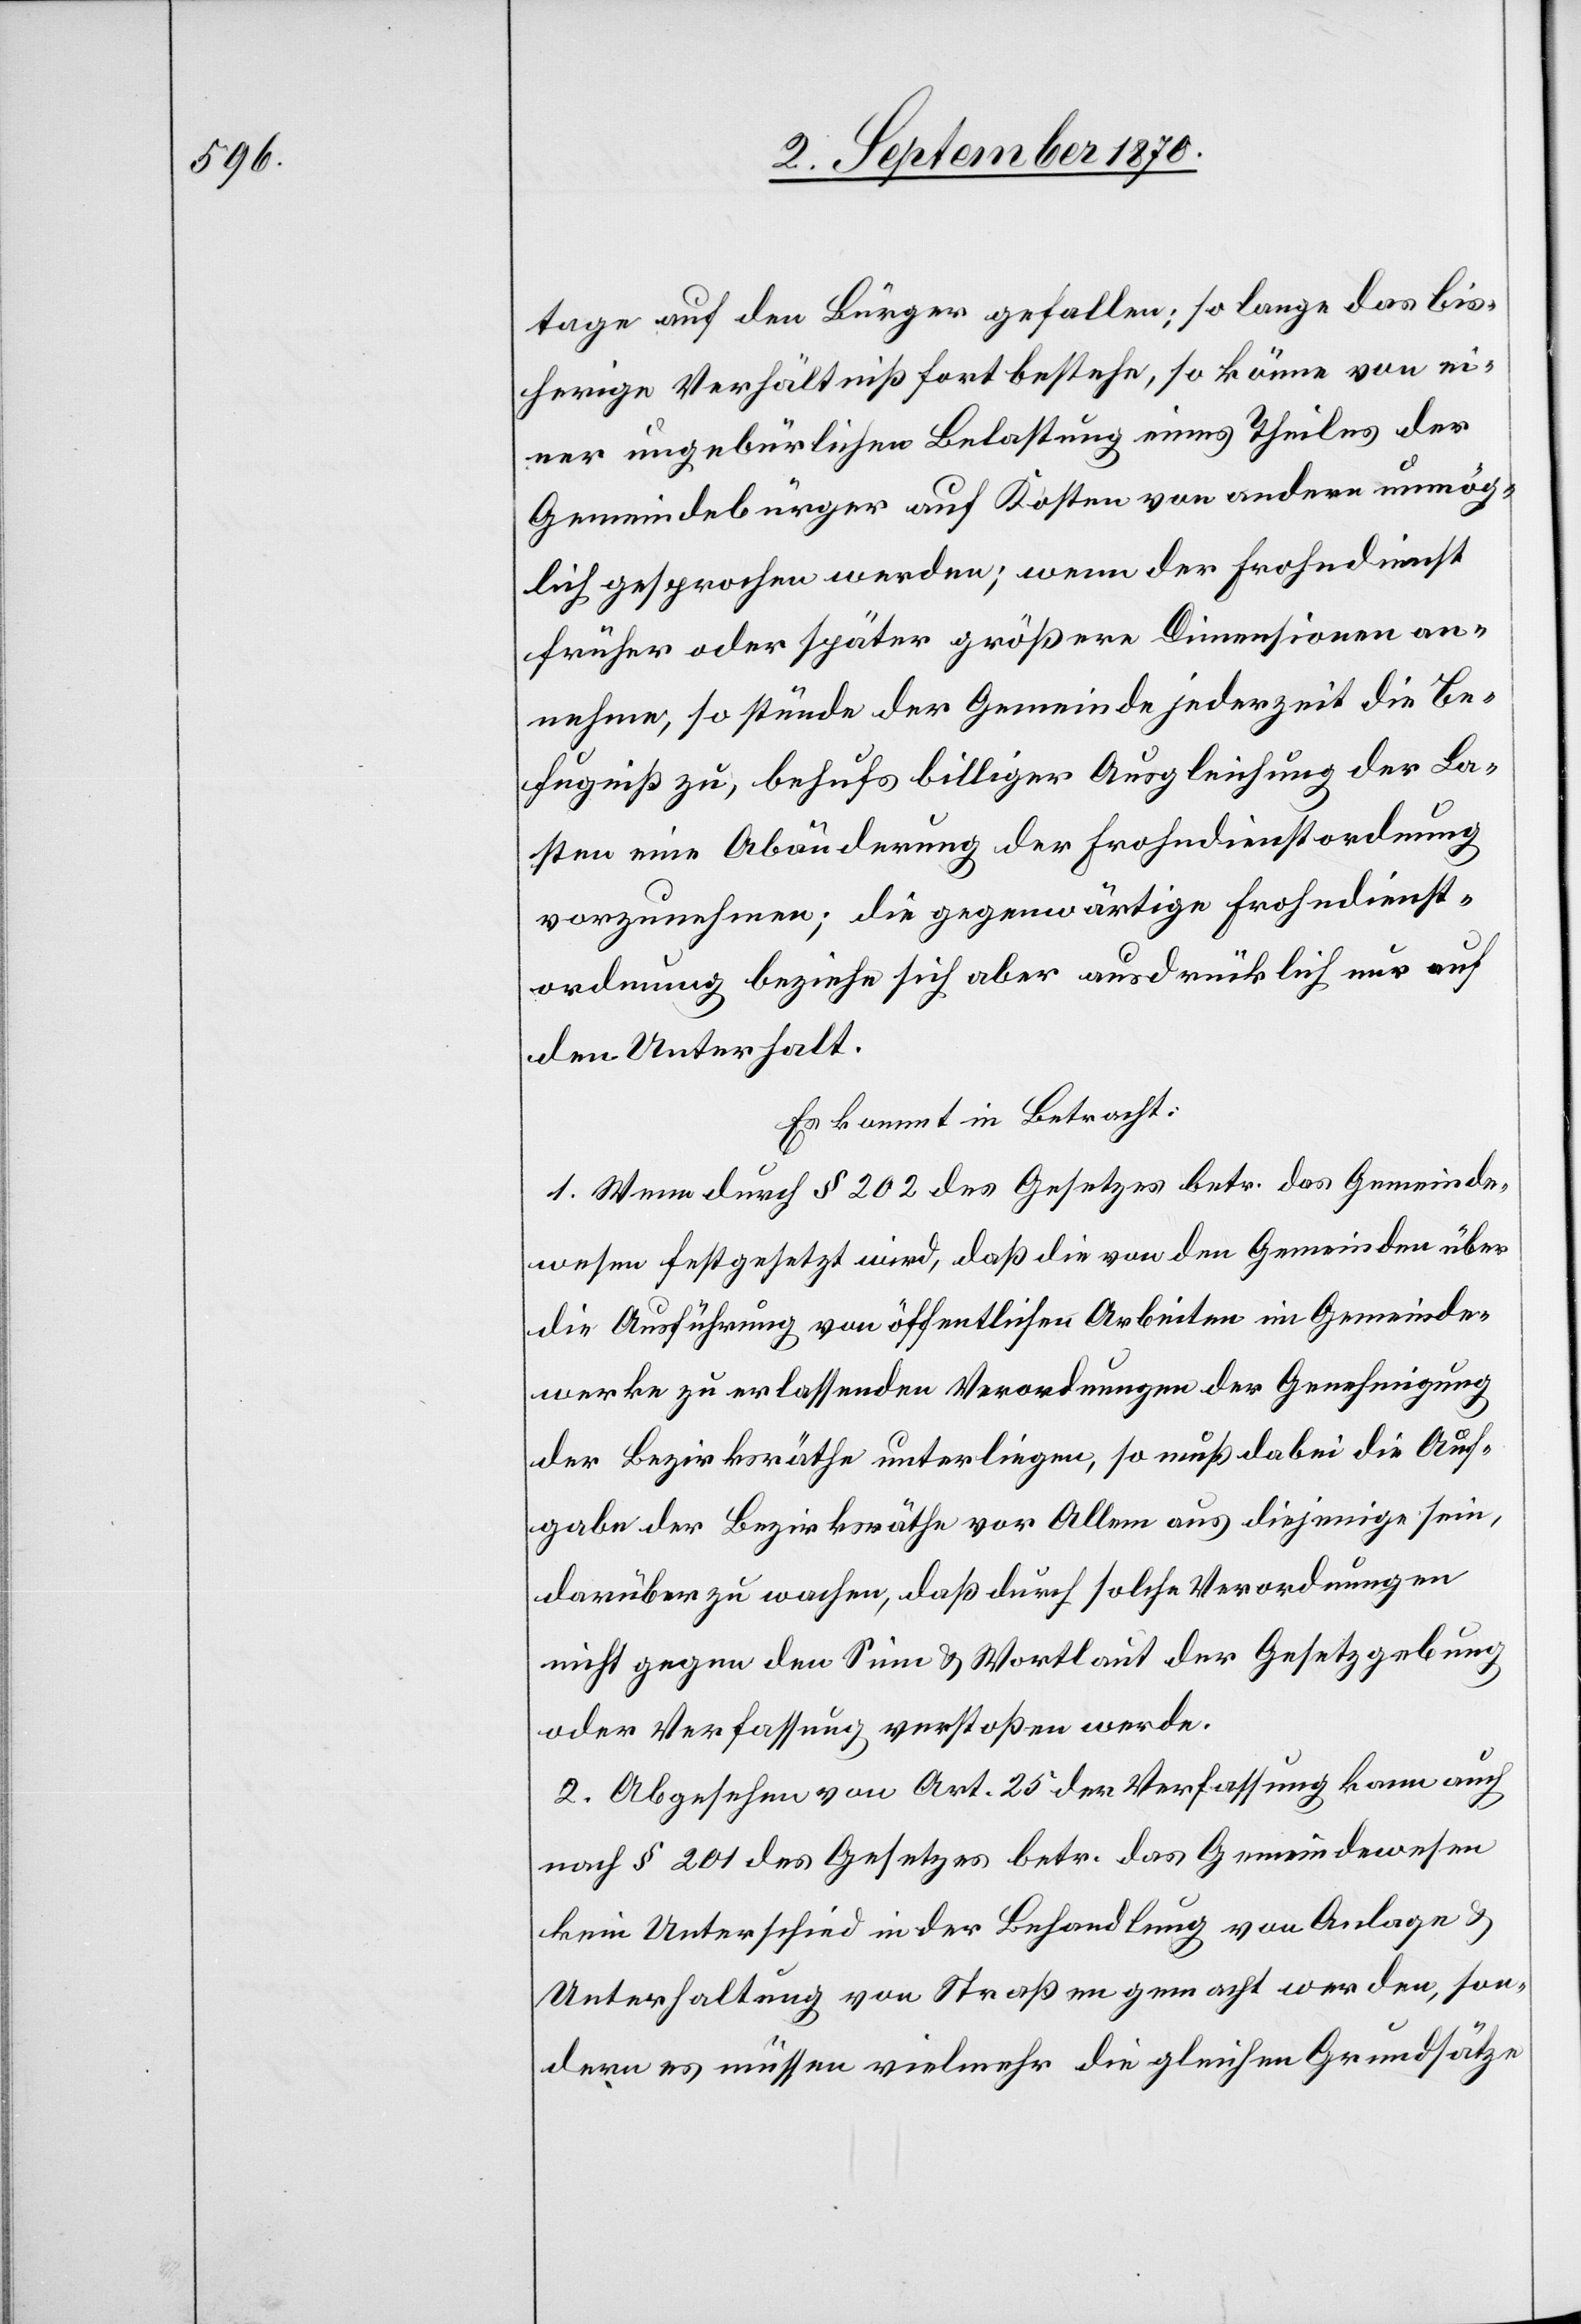
tage auf den Bürger gefallen; so lange das bis¬
herige Verhältniß fort bestehe, so könne von ei¬
ner ungebührlichen Belastung eines Theiles der
Gemeindebürger auf Kosten von andern unmög¬
lich gesprochen werden; wenn der Frohndienst
früher oder später größere Dimensionen an¬
nehme, so stünde der Gemeinde jederzeit die Be¬
fugniß zu, behufs billiger Ausgleichung der La¬
sten eine Abänderung der Frohndienstordnung
vorzunehmen; die gegenwärtige Frohndienst¬
ordnung beziehe sich aber ausdrücklich nur auf
den Unterhalt.
Es kommt in Betracht:
1. Wenn durch § 202 des Gesetzes betr. das Gemeinde¬
wesen festgesetzt wird, daß die von den Gemeinden über
die Ausführung von öffentlichen Arbeiten im Gemeinde¬
werke zu erlassenden Verordnungen der Genehmigung
der Bezirksräthe unterliegen, so muß dabei die Auf¬
gabe der Bezirksräthe vor Allem aus diejenige sein,
darüber zu wachen, daß durch solche Verordnungen
nicht gegen den Sinn & Wortlaut der Gesetzgebung
oder Verfassung verstoßen werde.
2. Abgesehen von Art. 25 der Verfassung kann auch
nach § 201 des Gesetzes betr. das Gemeindewesen
kein Unterschied in der Behandlung von Anlage &
Unterhaltung von Straßen gemacht werden, son¬
dern es müssen vielmehr die gleichen Grundsätze